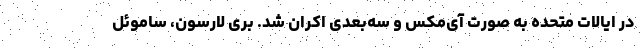
در ایالات متحده به صورت آی‌مکس و سه‌بعدی اکران شد. بری لارسون، ساموئل